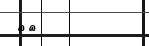
٥١